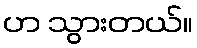
ဟ သွားတယ်။